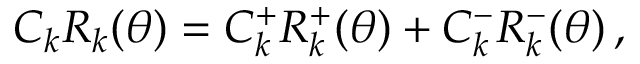
\begin{array} { r } { C _ { k } R _ { k } ( \theta ) = C _ { k } ^ { + } R _ { k } ^ { + } ( \theta ) + C _ { k } ^ { - } R _ { k } ^ { - } ( \theta ) \, , } \end{array}